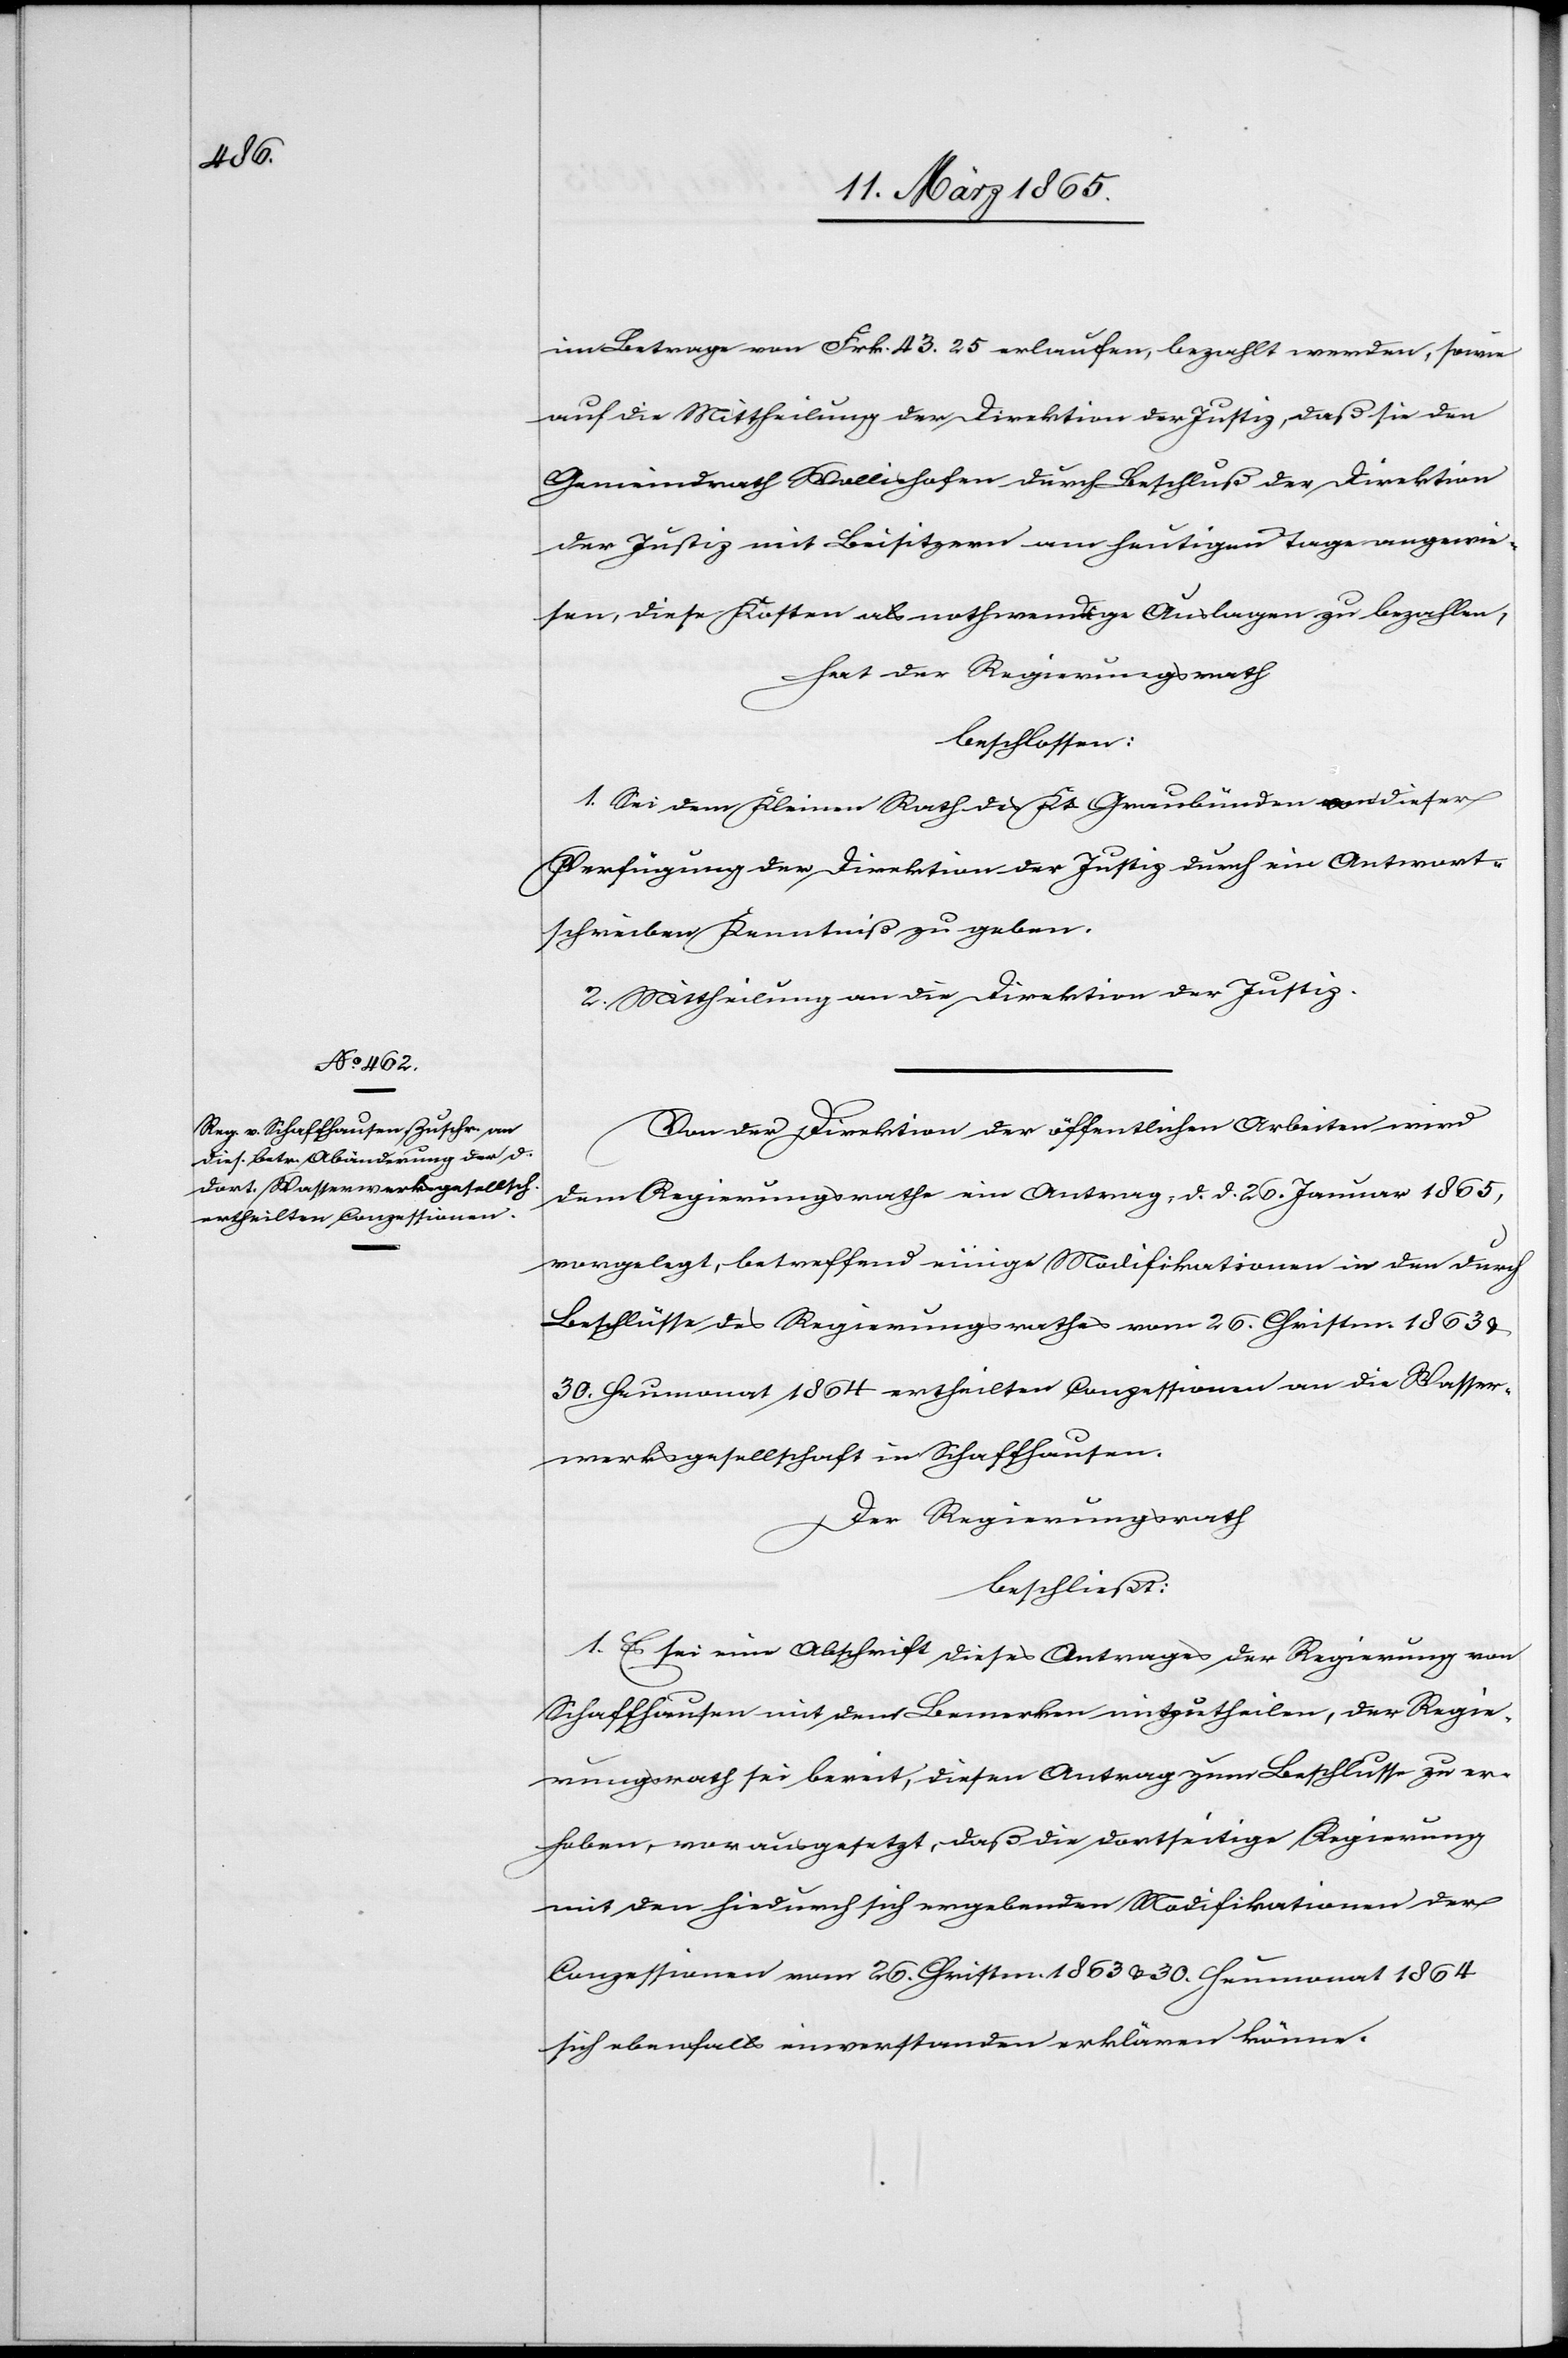
im Betrage von Frk. 43. 25 erlaufen, bezahlt werden, sowie
auf die Mittheilung der Direktion der Justiz, daß sie den
Gemeindrath Wollishofen durch Beschluß der Direktion
der Justiz mit Beisitzern am heutigen Tage angewie¬
sen, diese Kosten als nothwendige Auslagen zu bezahlen,
hat der Regierungsrath
beschlossen:
1. Sei dem Kleinen Rath des Kts Graubünden von dieser
Verfügung der Direktion der Justiz durch ein Antwort¬
schreiben Kenntniß zu geben
2. Mittheilung an die Direktion der Justiz.
Von der Direktion der öffentlichen Arbeiten wird
dem Regierungsrathe ein Antrag, d. d. 26. Januar 1865,
vorgelegt, betreffend einige Modifikationen in den durch
Beschlüsse des Regierungsrathes vom 26. Christm. 1863 u.
30. Heumonat 1864 ertheilten Conzessionen an die Wasser¬
werksgesellschaft in Schaffhausen.
Der Regierungsrath
beschließt:
1. Es sei eine Abschrift dieses Antrages der Regierung von
Schaffhausen mit dem Bemerken mitzutheilen, der Regie¬
rungsrath sei bereit, diesen Antrag zum Beschlusse zu er¬
heben, vorausgesetzt, daß die dortseitige Regierung
mit den hiedurch sich ergebenden Modifikationen der
Conzessionen vom 26. Christm. 1863 u. 30. Heumonat 1864
sich ebenfalls einverstanden erklären könne.